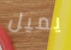
يميل